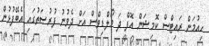
ހިއުމަން ރައިޓްސް ކޮމިޝަން އޮފް ދަ މޯލްޑިވްސް އަށް ދެވުނު ފުރުޞަތުގައި އެބޭފުޅުން